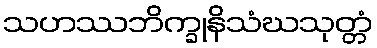
သဟဿဘိက္ခုနိသံဃသုတ္တံ